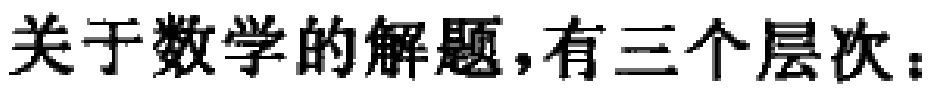
关于数学的解题，有三个层次：